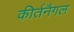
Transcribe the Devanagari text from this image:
कीर्तनैगल